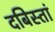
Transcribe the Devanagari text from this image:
दबिस्तां